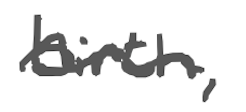
Text: birth,
Cross-out: wave
Writing tool: digital_gray